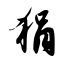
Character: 狷